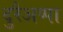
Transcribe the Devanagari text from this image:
दुरैअप्पा